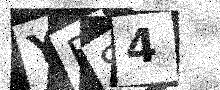
Text: YFS4